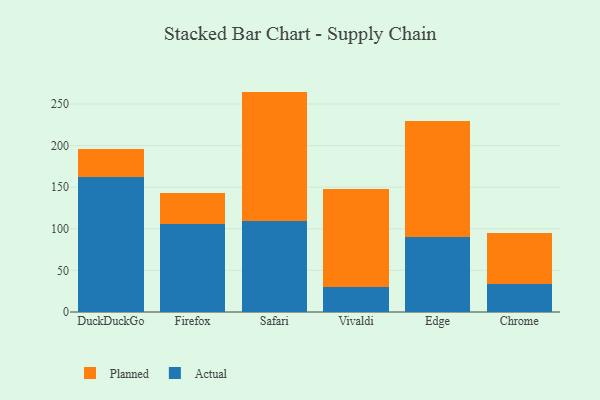
{"axis": {"x": "Browser", "y": "Energy Usage (MWh)"}, "legend": ["Actual", "Planned"], "data": [{"x": "DuckDuckGo", "y": 161.8, "type": "Actual"}, {"x": "DuckDuckGo", "y": 34.7, "type": "Planned"}, {"x": "Firefox", "y": 105.3, "type": "Actual"}, {"x": "Firefox", "y": 37.7, "type": "Planned"}, {"x": "Safari", "y": 109.2, "type": "Actual"}, {"x": "Safari", "y": 155.7, "type": "Planned"}, {"x": "Vivaldi", "y": 29.8, "type": "Actual"}, {"x": "Vivaldi", "y": 117.7, "type": "Planned"}, {"x": "Edge", "y": 90.4, "type": "Actual"}, {"x": "Edge", "y": 139.6, "type": "Planned"}, {"x": "Chrome", "y": 33.7, "type": "Actual"}, {"x": "Chrome", "y": 61.5, "type": "Planned"}]}